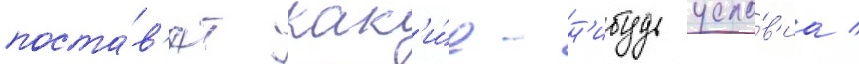
поста́в'ят как'и́е-н'ибудь усло́в'иа /